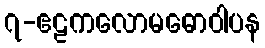
၇-ဧဠကလောမဓောဝါပန